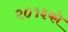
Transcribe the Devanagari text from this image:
२०१३को